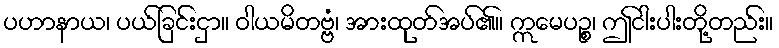
ပဟာနာယ၊ ပယ်ခြင်းငှာ။ ဝါယမိတဗ္ဗံ၊ အားထုတ်အပ်၏။ ဣမေပဉ္စ၊ ဤငါးပါးတို့တည်း။